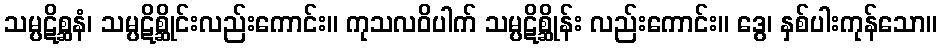
သမ္ပဋိစ္ဆနံ၊ သမ္ပဋိစ္ဆိုင်းလည်းကောင်း။ ကုသလဝိပါက် သမ္ပဋိစ္ဆိုန်း လည်းကောင်း။ ဒွေ၊ နှစ်ပါးကုန်သော။